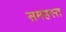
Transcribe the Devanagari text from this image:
समहस्त